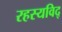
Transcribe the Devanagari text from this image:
रहस्यविद्